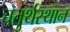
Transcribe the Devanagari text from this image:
चतुर्थस्थान